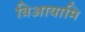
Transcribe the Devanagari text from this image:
त्रिआयामि